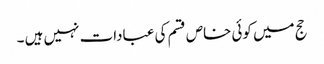
حج میں کوئی خاص قسم کی عبادات نہیں ہیں ۔